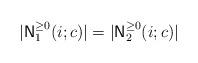
LaTeX: \begin{align*}|{\sf N}_1^{\geq 0}(i; c)| = |{\sf N}_2^{\geq 0}(i; c)|\end{align*}